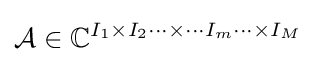
{\mathcal {A}}\in \mathbb {C} ^{I_{1}\times I_{2}\cdots \times \cdots I_{m}\cdots \times I_{M}}